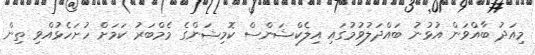
މިއަދު ބާއްވަން އުޅުނު ބައްދަލުވުމުގައި އިލެކްޝަންސް ކޮމިޝަންގެ މެމްބަރު ކަމަށް ހުށަހެޅުއްވި ތިން